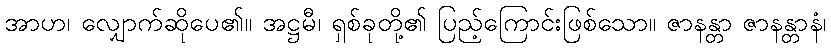
အာဟ၊ လျှောက်ဆိုပေ၏။ အဋ္ဌမီ၊ ရှစ်ခုတို့၏ ပြည့်ကြောင်းဖြစ်သော။ ဇာနန္တာ ဇာနန္တာနံ၊